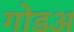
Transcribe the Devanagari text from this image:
गोडअ